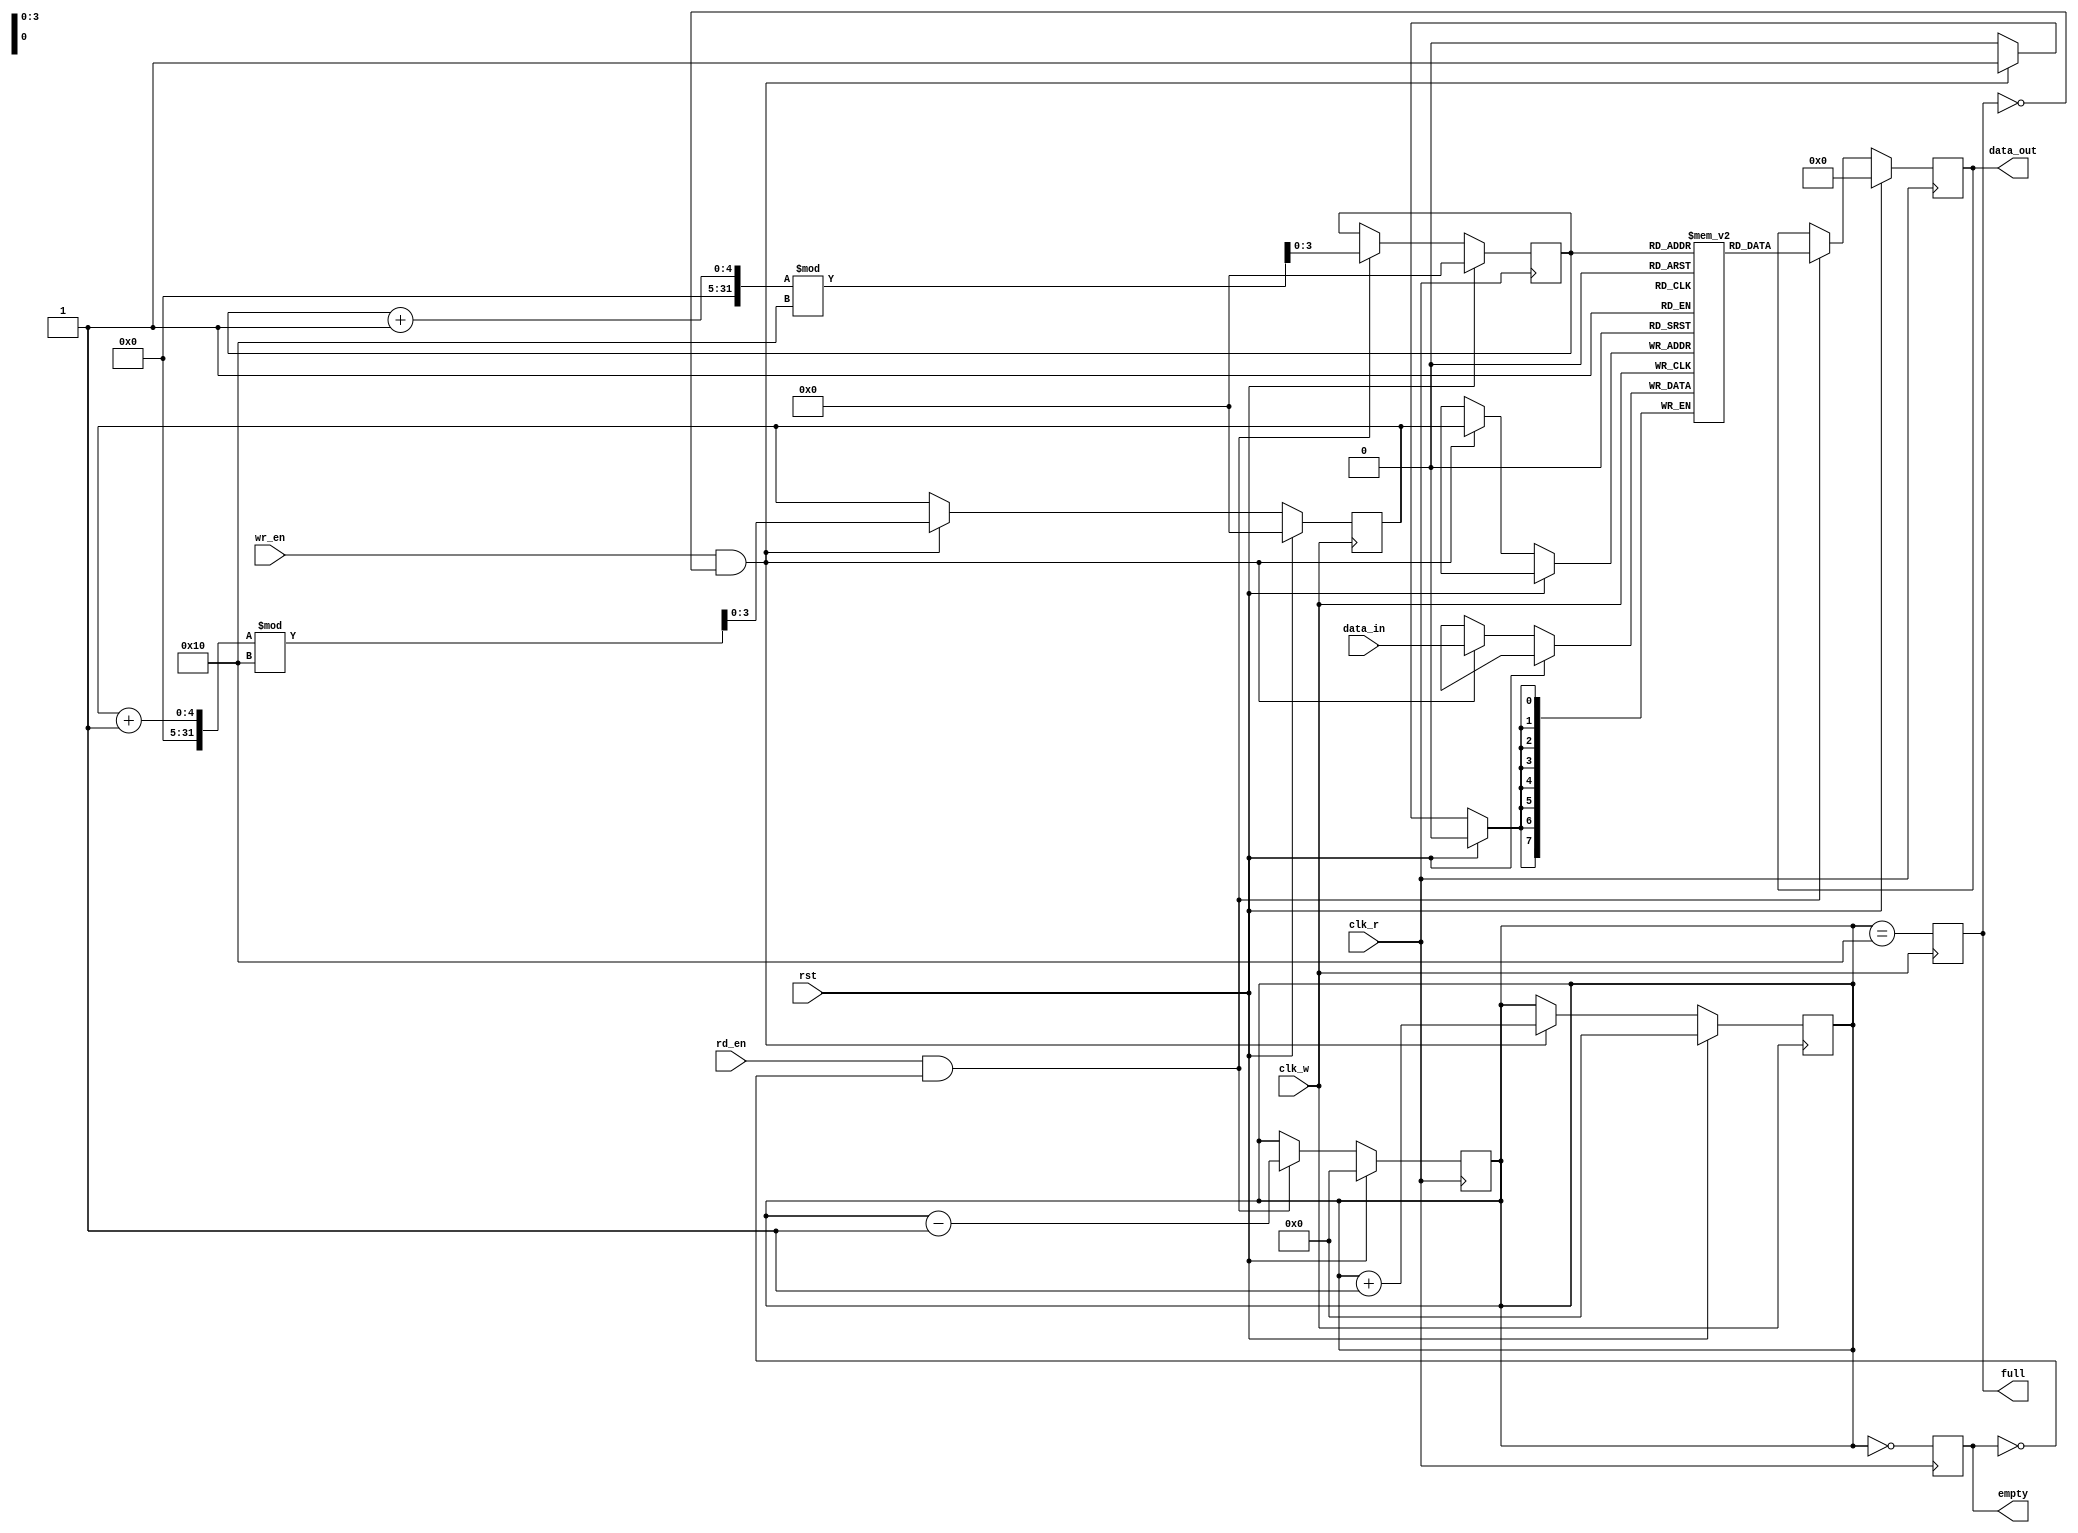
module dual_clock_fifo #(
    parameter DATA_WIDTH = 8,   // Width of data
    parameter DEPTH = 16         // Depth of the FIFO
)(
    input                    clk_w,        // Write clock
    input                    clk_r,        // Read clock
    input                    rst,          // Synchronous reset
    input [DATA_WIDTH-1:0]  data_in,      // Data input for writing
    input                    wr_en,        // Write enable
    input                    rd_en,        // Read enable
    output reg [DATA_WIDTH-1:0] data_out,  // Data output for reading
    output reg               full,         // Full flag
    output reg               empty         // Empty flag
);

    // Memory storage for FIFO
    reg [DATA_WIDTH-1:0] fifo_mem [0:DEPTH-1];
    reg [$clog2(DEPTH)-1:0] wp; // Write pointer
    reg [$clog2(DEPTH)-1:0] rp; // Read pointer
    reg [$clog2(DEPTH+1)-1:0] count; // Count of entries in FIFO
    
    // Write operation
    always @(posedge clk_w) begin
        if (rst) begin
            wp <= 0;
            count <= 0;
            full <= 0;
        end else if (wr_en && !full) begin
            fifo_mem[wp] <= data_in; // Write data
            wp <= (wp + 1) % DEPTH;   // Increment write pointer
            count <= count + 1;       // Increment count
        end

        // Full flag logic
        full <= (count == DEPTH);
    end

    // Read operation
    always @(posedge clk_r) begin
        if (rst) begin
            rp <= 0;
            count <= 0;
            empty <= 1;
            data_out <= 0; // Clear output
        end else if (rd_en && !empty) begin
            data_out <= fifo_mem[rp]; // Read data
            rp <= (rp + 1) % DEPTH;    // Increment read pointer
            count <= count - 1;        // Decrement count
        end

        // Empty flag logic
        empty <= (count == 0);
    end

endmodule